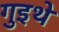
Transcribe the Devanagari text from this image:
गुइथे